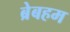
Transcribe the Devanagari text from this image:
ब्रेबहम